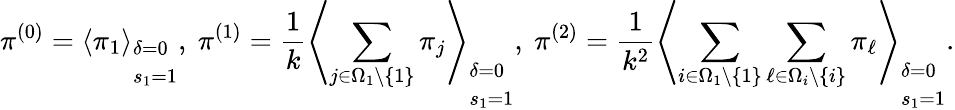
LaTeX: \pi^{(0)}=\left\langle\pi_{1}\right\rangle_{\begin{array}{l}{\delta=0}\\ {s_{1}=1}\end{array}},~\pi^{(1)}=\frac{1}{k}\left\langle\sum_{j\in\Omega_{1}\backslash\{ 1\} }\pi_{j}\right\rangle_{\begin{array}{l}{\delta=0}\\ {s_{1}=1}\end{array}},~\pi^{(2)}=\frac{1}{k^{2}}\left\langle\sum_{i\in\Omega_{1}\backslash\{ 1\} }\sum_{\ell\in\Omega_{i}\backslash\{ i\} }\pi_{\ell}\right\rangle_{\begin{array}{l}{\delta=0}\\ {s_{1}=1}\end{array}}.